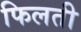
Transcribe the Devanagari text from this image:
फिलती